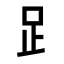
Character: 𧾷